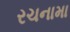
રચનામા